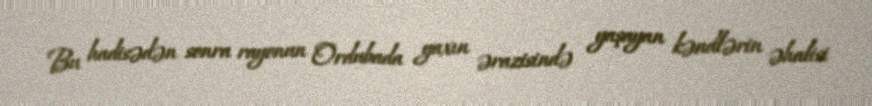
Bu hadisədən sonra rayonun Ordubada yaxın ərazisində yaşayan kəndlərin əhalisi